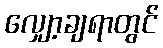
လျှော့ချရာတွင်